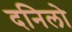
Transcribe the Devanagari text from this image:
दनिलो